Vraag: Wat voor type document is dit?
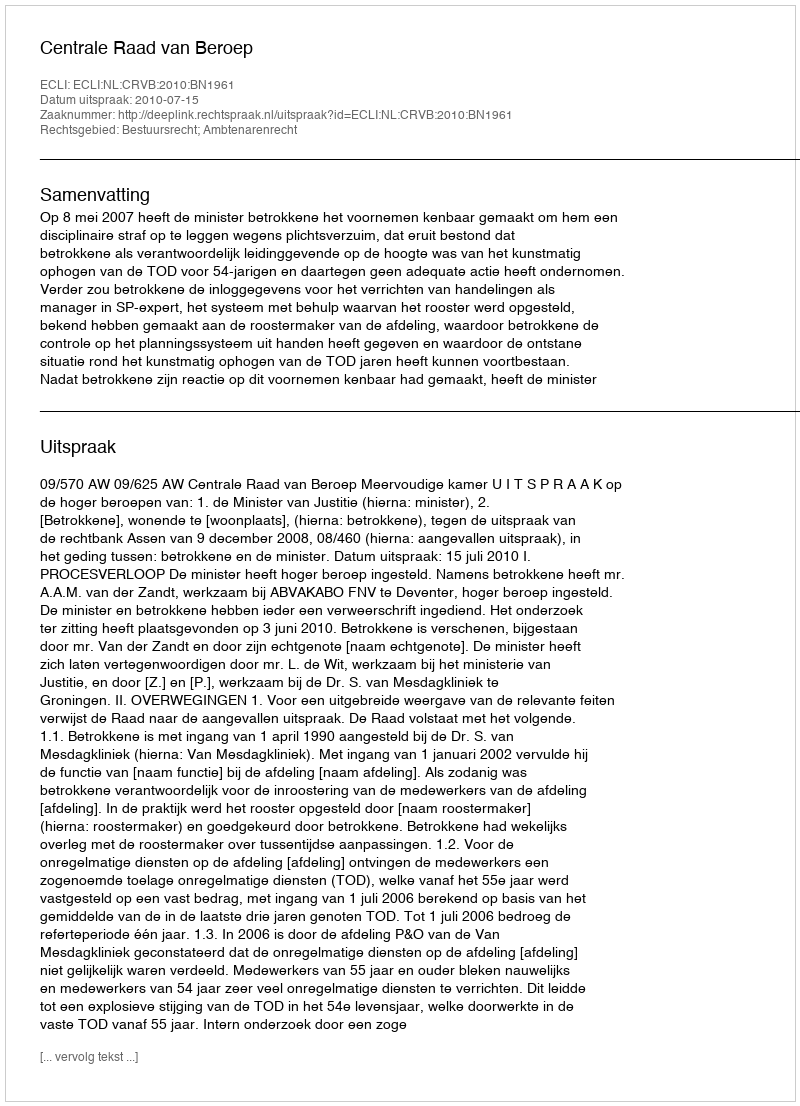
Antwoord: Uitspraak